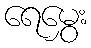
ရေမွှေး